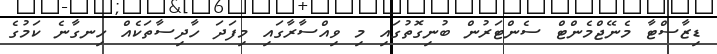
ޑިޒާސްޓާ މެނޭޖްމެންޓް ސެންޓަރުން ބުނިގޮތުގައި މި ވިއްސާރާގައި މިފަދަ ހާދިސާތަކެއް ހިނގާނެ ކަމުގެ